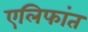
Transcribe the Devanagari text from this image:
एलिफांत